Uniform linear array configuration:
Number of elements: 12
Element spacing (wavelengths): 1
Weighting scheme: kaiser
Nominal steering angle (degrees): -60
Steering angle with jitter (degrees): -58.494
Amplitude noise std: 0.05
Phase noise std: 0.05

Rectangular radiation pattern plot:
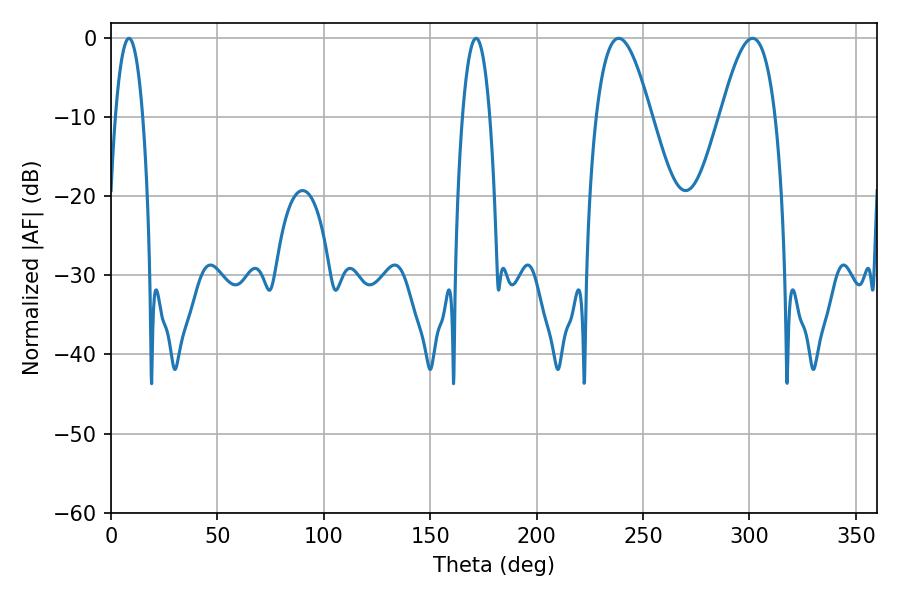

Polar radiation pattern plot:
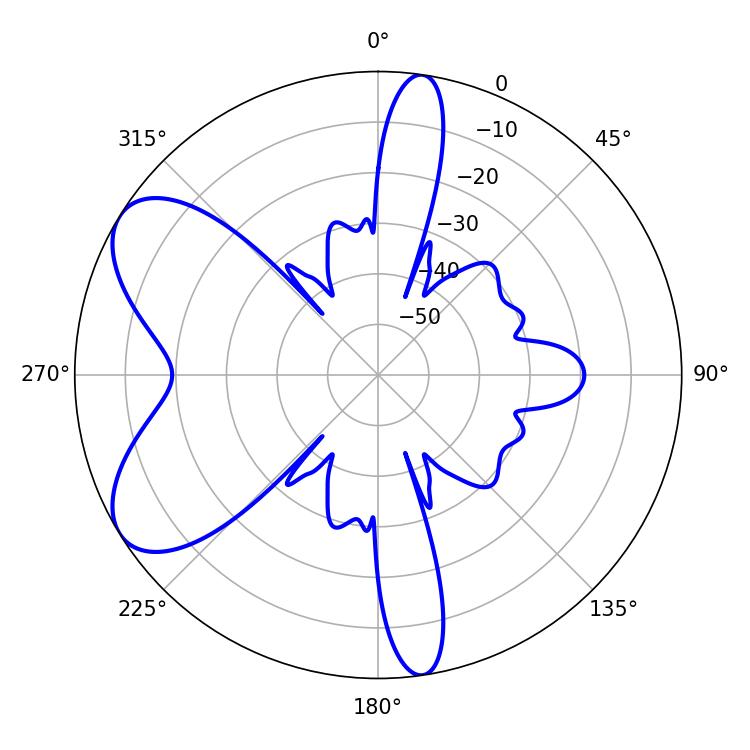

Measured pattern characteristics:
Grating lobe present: TRUE
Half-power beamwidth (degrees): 7.2
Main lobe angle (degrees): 8.46